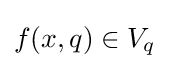
f(x,q)\in V_{q}